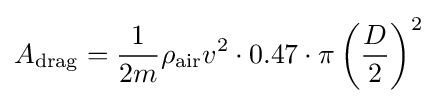
A_{\text{drag}}={\frac {1}{2m}}\rho _{\text{air}}v^{2}\cdot 0.47\cdot \pi \left({\frac {D}{2}}\right)^{2}